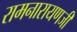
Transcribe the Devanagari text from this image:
रामनारायणजी